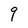
Character: q